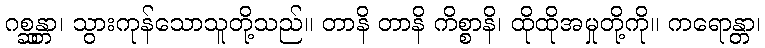
ဂစ္ဆန္တာ၊ သွားကုန်သောသူတို့သည်။ တာနိ တာနိ ကိစ္စာနိ၊ ထိုထိုအမှုတို့ကို။ ကရောန္တာ၊